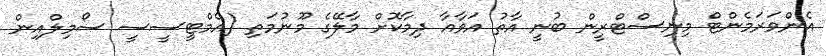
އެންވަރަމެންޓް މިނިސްޓްރީން ބުނީ އާތު އަވާއާ ދިމާކޮށް މާލޭގެ މޫނުމަތި (އެމްޓީސީސީ ސޯމިލްއިން